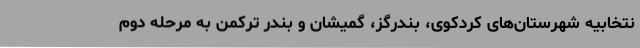
نتخابیه شهرستان‌های کردکوی، بندرگز، گمیشان و بندر ترکمن به مرحله دوم